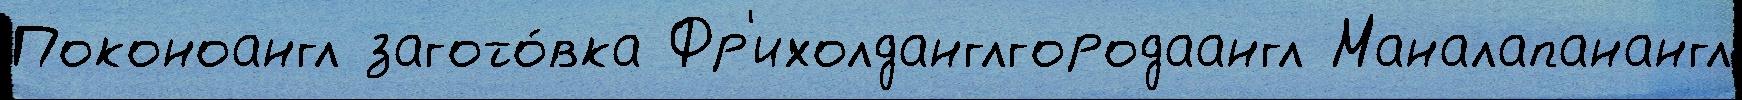
Поконоангл загото́вка Фр'ихолданглгородаангл Маналапанангл